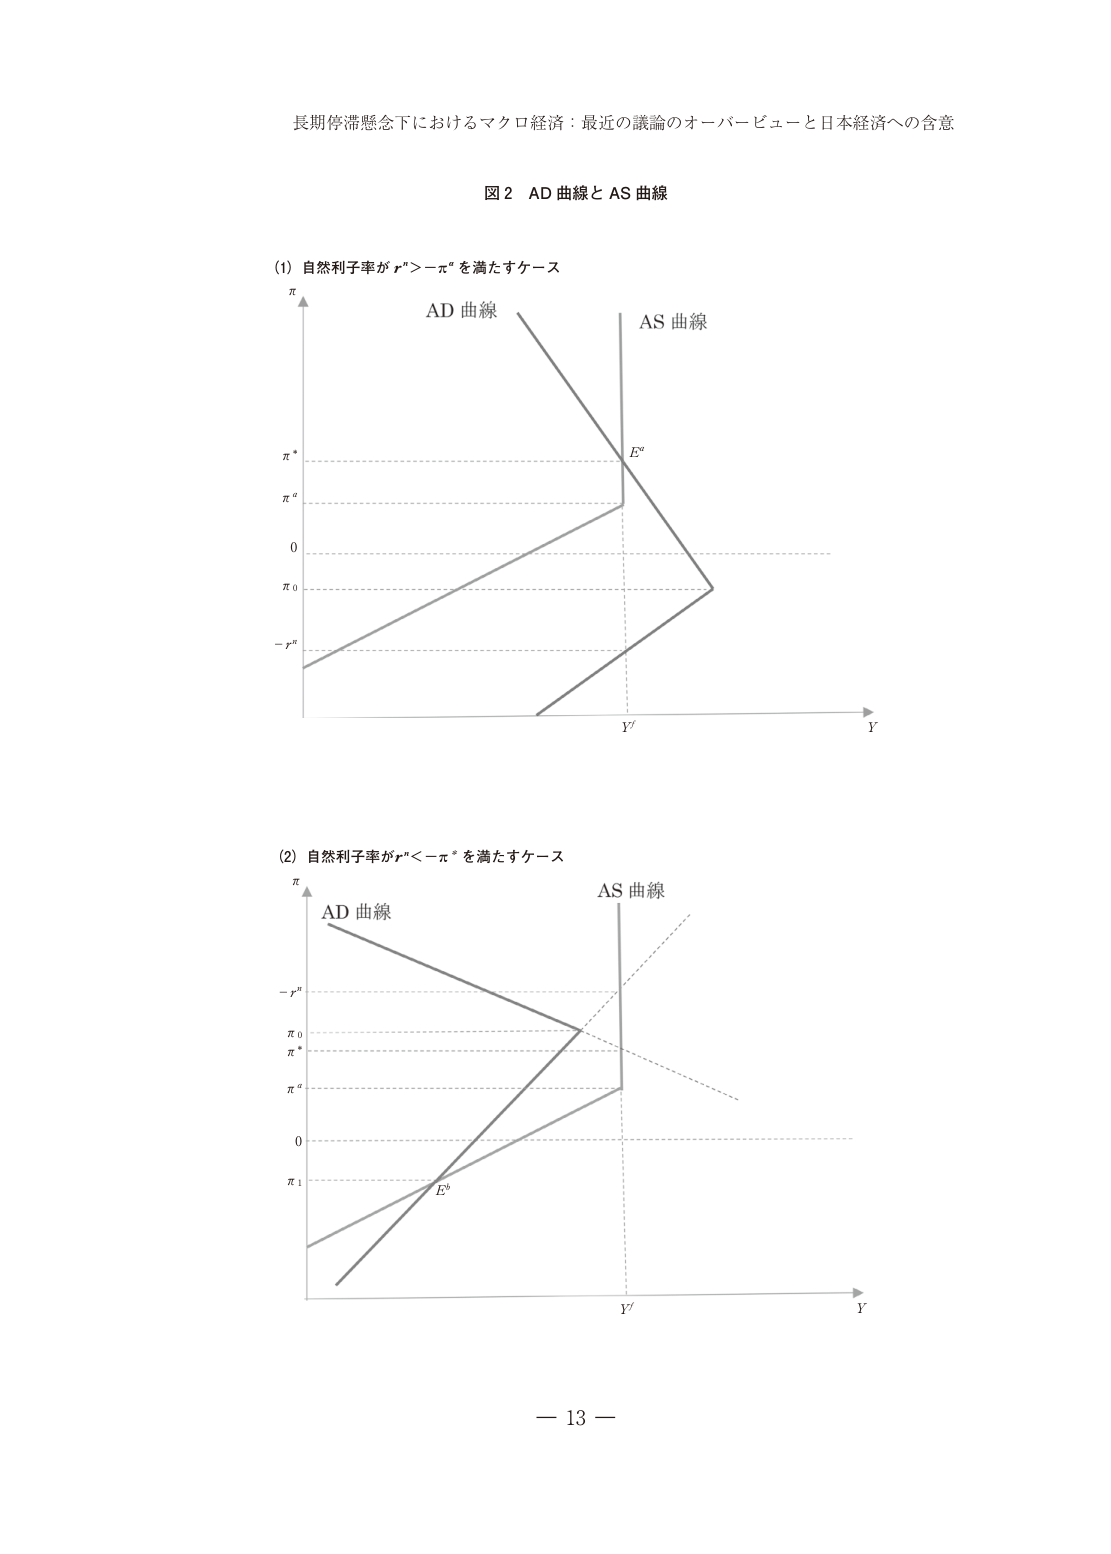
長期停滞懸念下におけるマクロ経済：最近の議論のオーバービューと日本経済への含意

図２ AD 曲線と AS 曲線

(1) 自然利子率が rⁿ > -π* を満たすケース
π
AD 曲線
AS 曲線
π*
πa
0
π0
- rⁿ
Y'
Y
Ea

(2) 自然利子率が rⁿ < -π* を満たすケース
π
AD 曲線
AS 曲線
- rⁿ
π0
π*
πa
0
π1
Y'
Y
Eb

— 13 —